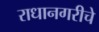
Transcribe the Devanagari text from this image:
राधानगरीचे